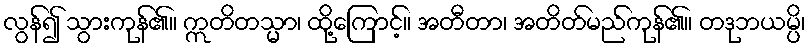
လွန်၍ သွားကုန်၏။ ဣတိတသ္မာ၊ ထို့ကြောင့်။ အတီတာ၊ အတိတ်မည်ကုန်၏။ တဒုဘယမ္ပိ၊